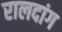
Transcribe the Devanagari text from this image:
रालदांग